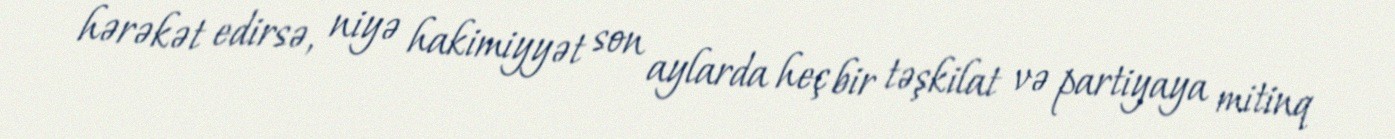
hərəkət edirsə, niyə hakimiyyət son aylarda heç bir təşkilat və partiyaya mitinq